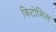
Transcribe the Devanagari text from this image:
किटोसिस